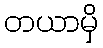
တယာမှိ